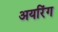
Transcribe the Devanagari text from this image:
अयरिंग